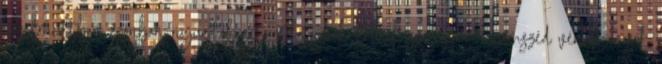
közelmúltban azonban nyugtalanító pletykák keltek szárnyra a szomszéd vénasszonyok